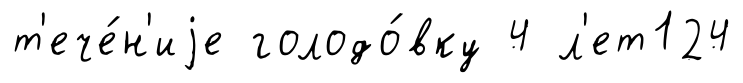
т'ече́н'иjе голодо́вку 4 л'ет124